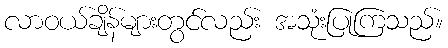
လာဝယ်ချိန်များတွင်လည်း အသုံးပြုကြသည်။